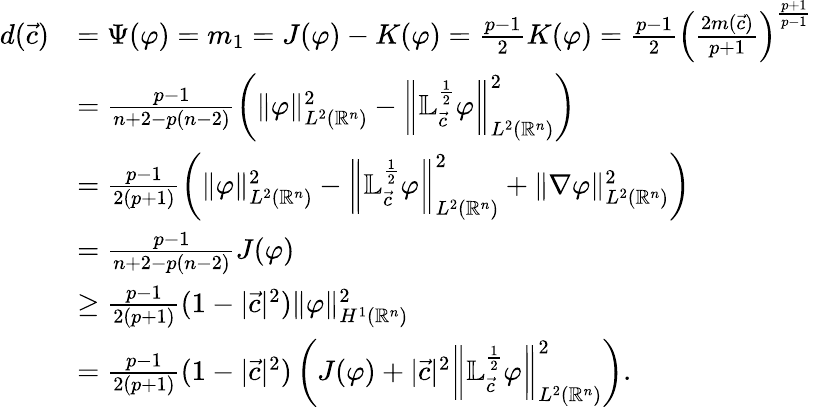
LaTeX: \begin{array}{rl}{d(\vec{c})}&{=\Psi(\varphi)=m_{1}=J(\varphi)-K(\varphi)=\frac{p-1}{2}K(\varphi)=\frac{p-1}{2}\left(\frac{2m(\vec{c})}{p+1}\right)^{\frac{p+1}{p-1}}}\\ &{=\frac{p-1}{n+2-p(n-2)}\left(\| \varphi\| _{L^{2}({\mathbb{R}^{n}})}^{2}-\left\| \mathbb{L}_{\vec{c}}^{\frac 12}\varphi\right\| _{L^{2}({\mathbb{R}^{n}})}^{2}\right)}\\ &{=\frac{p-1}{2(p+1)}\left(\| \varphi\| _{L^{2}({\mathbb{R}^{n}})}^{2}-\left\| \mathbb{L}_{\vec{c}}^{\frac 12}\varphi\right\| _{L^{2}({\mathbb{R}^{n}})}^{2}+\| \nabla\varphi\| _{L^{2}({\mathbb{R}^{n}})}^{2}\right)}\\ &{=\frac{p-1}{n+2-p(n-2)}J(\varphi)}\\ &{\geq\frac{p-1}{2(p+1)}(1-|{\vec{c}}|^{2})\| \varphi\| _{H^{1}({\mathbb{R}^{n}})}^{2}}\\ &{=\frac{p-1}{2(p+1)}(1-|{\vec{c}}|^{2})\left(J(\varphi)+|{\vec{c}}|^{2}\left\| \mathbb{L}_{\vec{c}}^{\frac 12}\varphi\right\| _{L^{2}({\mathbb{R}^{n}})}^{2}\right).}\end{array}